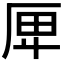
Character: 𠩶